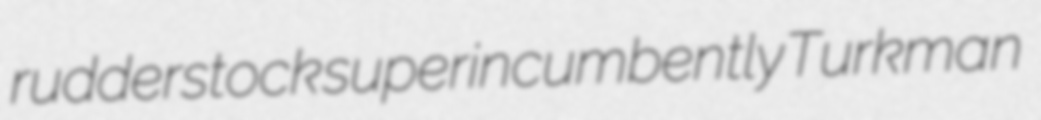
rudderstock superincumbently Turkman